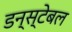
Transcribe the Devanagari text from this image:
डन्स्टेबल